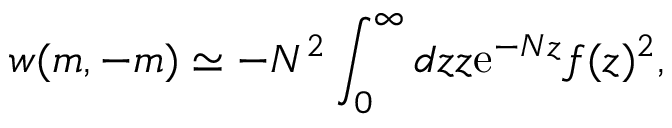
w ( m , - m ) \simeq - N ^ { 2 } \int _ { 0 } ^ { \infty } d z z \mathrm { e } ^ { - N z } f ( z ) ^ { 2 } ,